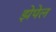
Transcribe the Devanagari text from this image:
झेपेल